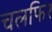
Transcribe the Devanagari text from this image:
चलफिर